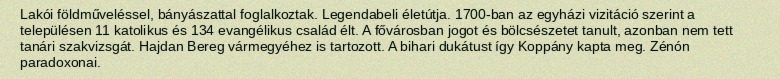
Lakói földműveléssel, bányászattal foglalkoztak. Legendabeli életútja. 1700-ban az egyházi vizitáció szerint a településen 11 katolikus és 134 evangélikus család élt. A fővárosban jogot és bölcsészetet tanult, azonban nem tett tanári szakvizsgát. Hajdan Bereg vármegyéhez is tartozott. A bihari dukátust így Koppány kapta meg. Zénón paradoxonai.